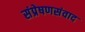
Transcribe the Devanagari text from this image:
संप्रेषणसंवाद